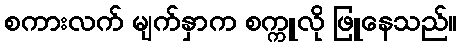
စကားလက် မျက်နှာက စက္ကူလို ဖြူနေသည်။